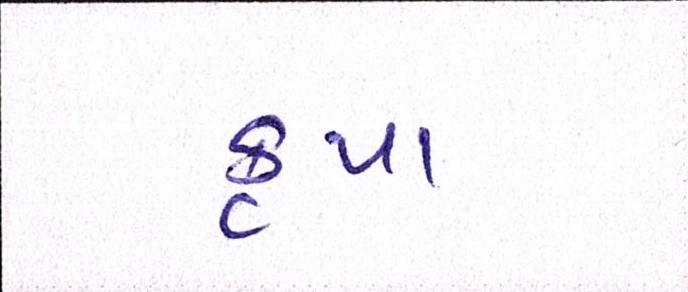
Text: કૃપા